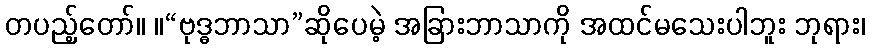
တပည့်တော်။ ။“ဗုဒ္ဓဘာသာ”ဆိုပေမဲ့ အခြားဘာသာကို အထင်မသေးပါဘူး ဘုရား၊